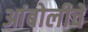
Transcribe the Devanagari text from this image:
आंबोलीचे